Civil Veterinary Dept. Bombay admin report 1907-1913 - 1907-1913
Year: 1907
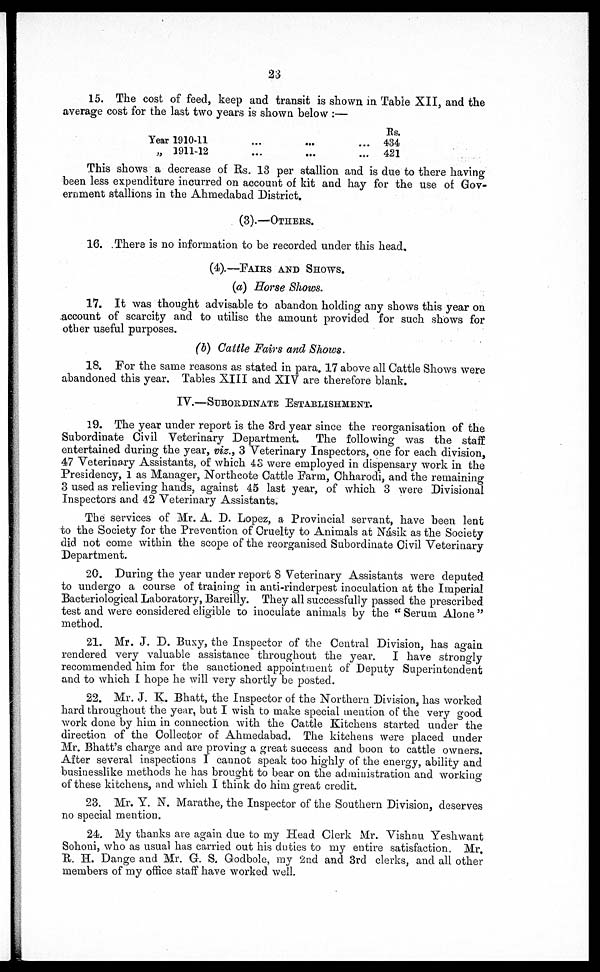
23
15. The cost of feed, keep and transit is shown in Table XII, and the
average cost for the last two years is shown below:—
Year 1910-11
„ 1911-12
...
...
...
...
…
...
Rs.
434
421
This shows a decrease of Rs. 13 per stallion and is due to there having
been less expenditure incurred on account of kit and hay for the use of Gov-
ernment stallions in the Ahmedabad District.
(3).—OTHERS.
16. There is no information to be recorded under this head,
(4).—FAIRS AND SHOWS.
(a) Horse Shows.
17. It was thought advisable to abandon holding any shows this year on
account of scarcity and to utilise the amount provided for such shows for
other useful purposes.
(b) Cattle Fairs and Shows.
18. For the same reasons as stated in para. 17 above all Cattle Shows were
abandoned this year. Tables XIII and XIV are therefore blank.
IV.—SUBORDINATE ESTABLISHMENT.
19. The year under report is the 3rd year since the reorganisation of the
Subordinate Civil Veterinary Department.
The following was the staff
entertained during the year, viz., 3 Veterinary Inspectors, one for each division,
47 Veterinary Assistants, of which 43 were employed in dispensary work in the
Presidency, 1 as Manager, Northcote Cattle Farm, Chharodi, and the remaining
3 used as relieving hands, against 45 last year, of which 3 were Divisional
Inspectors and 42 Veterinary Assistants.
The services of Mr. A. D. Lopez, a Provincial servant, have been lent
to the Society for the Prevention of Cruelty to Animals at Násik as the Society
did not come within the scope of the reorganised Subordinate Civil Veterinary
Department.
20. During the year under report 8 Veterinary Assistants were deputed
to undergo a course of training in anti-rinderpest inoculation at the Imperial
Bacteriological Laboratory, Bareilly. They all successfully passed the prescribed
test and were considered eligible to inoculate animals by the "Serum Alone"
method.
21. Mr. J. D. Buxy, the Inspector of the Central Division, has again
rendered very valuable assistance throughout the year.
I have strongly
recommended him for the sanctioned appointment of Deputy Superintendent
and to which I hope he will very shortly be posted.
22. Mr. J. K. Bhatt, the Inspector of the Northern Division, has worked
hard throughout the year, but I wish to make special mention of the very good
work done by him in connection with the Cattle Kitchens started under the
direction of the Collector of Ahmedabad. The kitchens were placed under
Mr. Bhatt's charge and are proving a great success and boon to cattle owners.
After several inspections I cannot speak too highly of the energy, ability and
businesslike methods he has brought to bear on the administration and working
of these kitchens, and which I think do him great credit.
23. Mr. Y. N. Marathe, the Inspector of the Southern Division, deserves
no special mention.
24. My thanks are again due to my Head Clerk Mr. Vishnu Yeshwant
Sohoni, who as usual has carried out his duties to my entire satisfaction. Mr.
R. H. Dange and Mr. G. S. Godbole, my 2nd and 3rd clerks, and all other
members of my office staff have worked well.